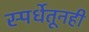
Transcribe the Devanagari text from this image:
स्पर्धेतूनही